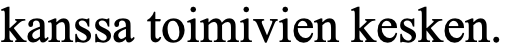
kanssa toimivien kesken.